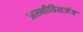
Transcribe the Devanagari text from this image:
अस्थीविसर्जन